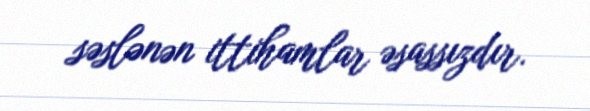
səslənən ittihamlar əsassızdır.